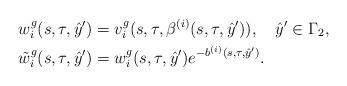
LaTeX: \begin{align*}&w_i^g(s,\tau,\hat y')=v_i^g(s,\tau,\beta^{(i)}(s,\tau,\hat y')), \ \ \ \hat y'\in \Gamma_2,\\ &\tilde w_i^g(s,\tau,\hat y')=w_i^g(s,\tau,\hat y')e^{-b^{(i)}(s,\tau,\hat y')}. \end{align*}